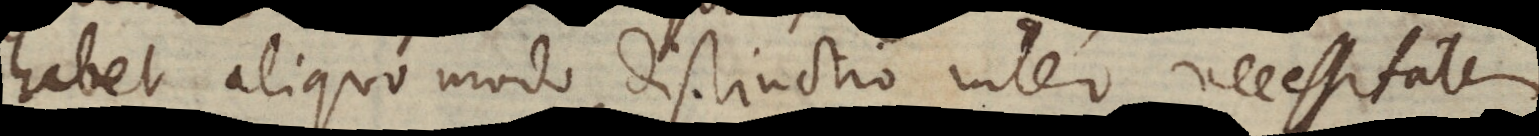
habet aliquo modo distinctio inter necessitatem